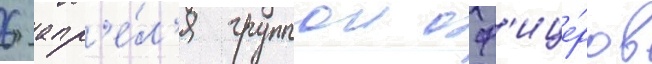
6 апр'е́л'я группои оф'ице́ров